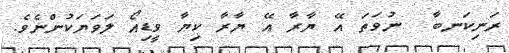
ރަނިކަނބާ  ނުވަތަ އޭ ޔާރާ އޭ ޔާރާ ކިޔާ ވީޑިއޯ ލަވަޔަކުންނެވެ.